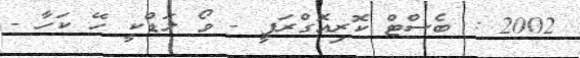
2002 : ބެސްޓް ކޮރިއޮގްރަފީ - ވޯ ލަޑްކީ ހޭ ކަހާ -